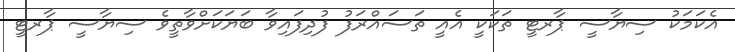
އެކަމަކު ސިޔާސީ ޕާރޓީ ތަކަކީ އެއީ ތަސައްރަފު ފުދިފައިވާ ބަޔަކަށްވާތީވެ ސިޔާސީ ޕާރޓީ